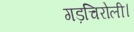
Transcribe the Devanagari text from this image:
गड़चिरोली।